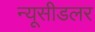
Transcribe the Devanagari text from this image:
न्यूसीडलर